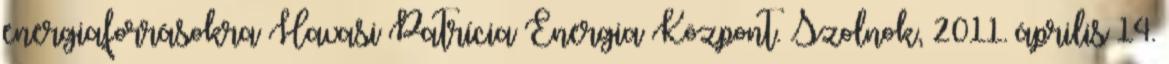
energiaforrásokra Havasi Patrícia Energia Központ. Szolnok, 2011. április 14.